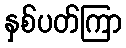
နှစ်ပတ်ကြာ